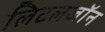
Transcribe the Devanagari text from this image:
लिटलजॉन